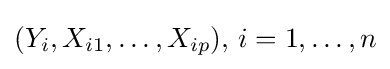
(Y_{i},X_{i1},\ldots ,X_{ip}),\,i=1,\ldots ,n